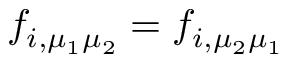
f _ { i , \mu _ { 1 } \mu _ { 2 } } = f _ { i , \mu _ { 2 } \mu _ { 1 } }